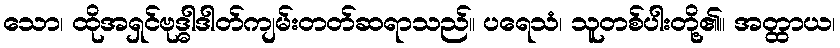
သော၊ ထိုအရှင်ဗုဒ္ဓါဒါတ်ကျမ်းတတ်ဆရာသည်။ ပရေသံ၊ သူတစ်ပါးတို့၏။ အတ္ထာယ၊